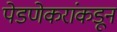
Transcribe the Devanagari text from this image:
पेडणेकरांकडून